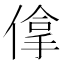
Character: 𠌧